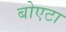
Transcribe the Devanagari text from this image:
बोएटा